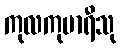
ကုလကုမာရီသု